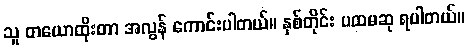
သူ တယောထိုးတာ အလွန် ကောင်းပါတယ်။ နှစ်တိုင်း ပထမဆု ရပါတယ်။